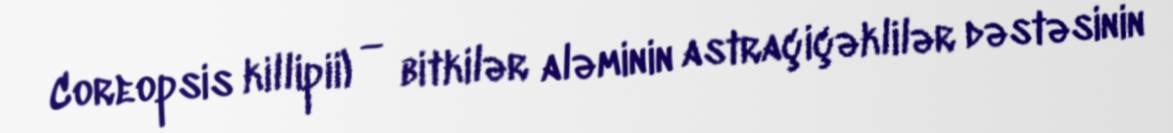
Coreopsis killipii) — bitkilər aləminin astraçiçəklilər dəstəsinin